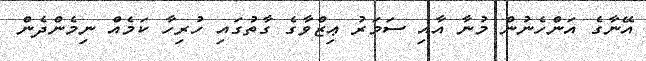
އޭނާގެ އަންހެނުން މުނާ އާއި ސަމަރު ޢިޒްވާގެ ގާތުގައި ހުރިހާ ކަމެއް ނިމެންދެން